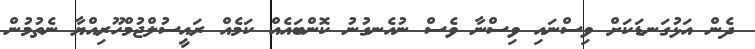
ދެން އަޅުގަނޑަކަށް ވިސްނައި ވިސްނާ ވެސް ނުއެނގުނު ކޮންބައެއް ކަމެއް ރައީސުލްޖުމްހޫރިއްޔާ ނެތުމުން